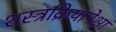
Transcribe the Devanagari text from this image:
शस्त्रक्रियापेक्षा